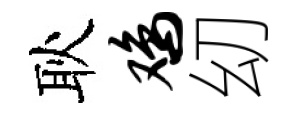
耿鸡㓜